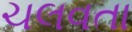
ચલવતા